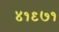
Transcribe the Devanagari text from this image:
४१९७१